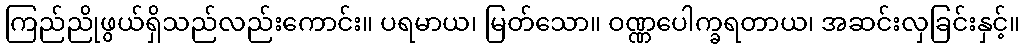
ကြည်ညိုဖွယ်ရှိသည်လည်းကောင်း။ ပရမာယ၊ မြတ်သော။ ဝဏ္ဏပေါက္ခရတာယ၊ အဆင်းလှခြင်းနှင့်။